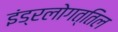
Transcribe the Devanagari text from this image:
इंड्रलोगत्तिल